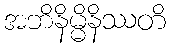
အဘိနိမ္မိနိဿတိ